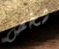
شخص